Report on vaccination in Madras 1922-1929 - 1922-1929
Year: 1922
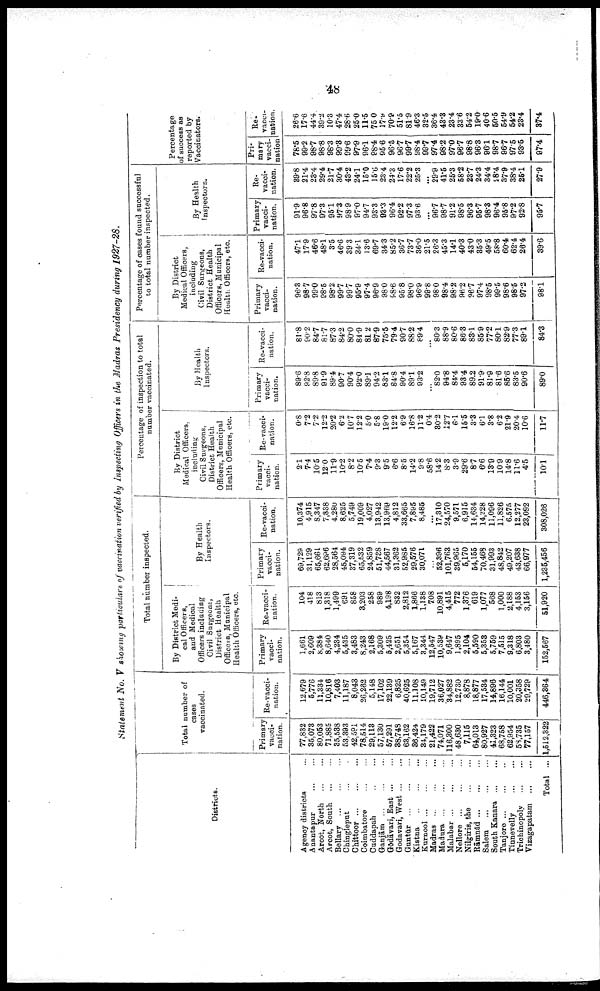
48
Statement No. V showing particulars of vaccination verified by inspecting Officers in the Madras Presidency during 1927-28.
Districts.
Agency districts ...
Anantapur
...
...
Arcot, North
...
...
Arcot, South
...
...
Bellary
...
...
...
Chingleput ... ...
Chittoor
...
...
...
Coimbatore
...
...
Cuddapah ... ...
Ganjām ... ... ...
Gōdāvari, East
...
...
Gōdāvari, West ... ...
Guntūr
...
...
...
Kistna
...
...
...
Kurnool
...
...
...
Madras
...
...
...
Madura
...
...
...
Malabar
...
...
...
Nellore
...
...
...
Nilgiris, the
...
...
Rāmnād
...
...
...
Salem
...
...
...
South Kanara
...
...
Tanjore
...
...
...
Tinnevelly
...
...
Trichinopoly
...
...
Vizagapatam
...
...
Total ...
Total number of
cases
vaccinated.
Primary
vacci¬
nation.
77,832
35,073
80,053
71,885
35,538
53,393
42,591
78,514
29,113
57,130
57,291
88,748
63,162
36,424
34,179
21,422
74,071
116,300
48,630
7,115
64,013
80,927
41,323
68,758
62,954
58,735
77,157
1,512,322
Re-vacci
nation.
12,679
5,776
11,334
10,816
7,403
11,187
8,043
26,262
5,148
17,102
22,139
6,825
40,625
11,108
10,149
19,712
36,027
34,882
12,730
8,878
18,877
17,534
14,896
16,144
10,001
20,358
29,729
446,364
Total number inspected.
By District Medi
cal Officers,
and Medical
Officers including
Civil Surgeons,
District Health
Officers, Municipal
Health Officers, etc.
Primary
vacci¬
nation.
1,661
2,609
8,384
8,640
4,234
5,435
3,483
8,243
2,168
5,309
5,425
2,651
5,354
5,167
3,344
12,547
10,539
9,647
1,895
2,104
5,590
5,358
5,759
7,515
9,318
6,803
3,480
152,567
Re-vacci
nation.
104
418
813
1,318
1,499
691
858
3,203
258
989
4,198
832
2,812
1,866
1,138
7.08
10,891
4,415
772
1,376
619
1,077
568
1,000
2,188
4,153
3,156
51,920
By Health
Inspectors.
Primary
vacci
nation.
69,729
31,129
65,661
62,696
28,564
45,094
37,319
65,532
24,859
51,738
44,567
31,362
52,985
29,576
30,071
...
52,396
101,763
39,965
5,170
54,155
70,468
31,993
48,842
49,207
43,638
66,977
1,235,456
Re-vacci¬
nation.
10,374
4,915
8,347
7,838
4,280
8,625
5,749
19,009
4,027
13,942
13,969
4,812
33,665
7,895
8,485
...
17,310
24,570
9,571
6,915
14,634
14,228
11,096
11,826
6,575
12,277
23,092
308,026
Percentage of inspection to total
number vaccinated.
By District
Medical Officers,
including
Civil Surgeons,
District Health
Officers, Municipal
Health Officers, etc.
Primary
vacci
nation.
2.1
7.4
10.5
12.0
11.9
10.2
8.2
10.5
7.4
9.3
9.5
6.6
8.5
14.2
9.8
58.6
14.2
8.3
3.9
29.6
8.7
6.6
18.9
10.9
14.8
11.6
4.5
10.1
Re-vacci
nation.
0.8
7.2
7.2
12.2
20.2
6.2
10.7
12.2
5.0
5.8
19.0
12.2
6.9
16.8
11.2
0.4
30.2
12.7
6.1
15.5
3.3
6.1
3.8
6.2
21.9
20.4
10.6
11.7
By Health
Inspectors.
Primary
vacci
nation.
89.6
92.8
89.8
91.0
89.4
90.7
90.4
92.0
89.1
94.2
83.1
84.8
90.4
89.1
93.2
...
82.0
94.8
84.4
93.4
89.2
91.9
81.9
81.6
85.6
83.5
90.6
89.0
Re-vacci
nation.
81.8
90.2
84.7
81.7
87.3
84.2
80.0
84.9
81.2
87.9
75.5
79.4
90.7
88.2
89.4
...
80.3
88.9
80.6
86.3
83.1
85.9
77.2
80.1
82.9
77.3
89.1
84.3
Percentage of cases found successful
to total number inspected.
By District
Medical Officers,
including
Civil Surgeons,
District Health
Officers, Municipal
Health. Officers, etc.
Primary
vacci
nation.
96.3
98.7
99.0
98.5
98.2
99.7
99.7
95.9
97.4
96.9
98.0
98.6
95.8
98.0
96.9
99.8
98.0
98.4
98.2
96.2
96.7
97.4
98.5
99.5
98.6
98.5
97.2
98.1
Re-vacci
nation.
47.1
17.9
46.6
48.1
3.5
46.6
39.3
34.1
13.6
69.7
34.3
85.2
36.7
73.7
36.0
21.5
26.3
45.3
14.1
40.3
43.0
35.3
49.5
58.8
60.4
62.4
26.4
39.6
By Health
Inspectors.
Primary
vacci¬
nation.
91.9
96.8
97.8
97.3
95.1
97.3
98.9
97.0
94.7
93.3
93.3
96.4
92.2
97.3
93.6
...
96.7
98.7
91.2
98.5
96.3
95.7
98.8
96.4
95.8
97.2
92.8
95.7
Re
vacci
ation.
39.8
21.4
23.4
29.4
21.7
30.4
43.2
24.1
15.0
15.0
23.4
24.3
17.6
22.2
25.3
...
29.9
41.5
25.3
58.2
23.7
24.3
34.4
28.4
37.9
38.4
26.1
27.9
Percentage
of success as
reported by
Vaccinators.
Pri
mary
vacci
nation
78.5
99.2
98.7
98.8
98.3
99.3
99.6
97.9
96.1
98.4
95.6
96.5
96.7
99.7
98.4
99.7
97.4
98.2
97.0
96.7
98.8
96.3
96.1
98.7
96.7
97.5
98.5
97.4
Re-
vacci¬
nation.
26.6
17.6
44.4
39.2
10.3
47.4
28.6
25.0
11.5
75.0
17.9
70.9
51.5
81.9
46.3
32.5
36.4
43.3
23.4
33.6
54.2
19.0
40.6
50.5
54.9
54.2
23.4
37.4